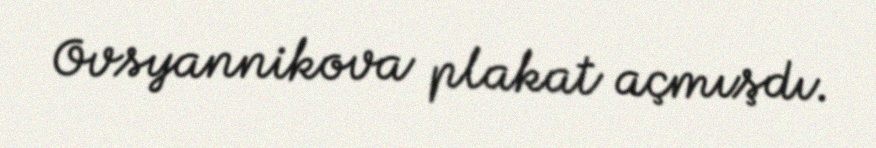
Ovsyannikova plakat açmışdı.